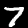
Label: 7